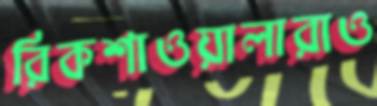
রিকশাওয়ালারাও